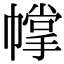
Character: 幥